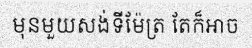
មុនមួយសង់ទីម៉ែត្រ តែក៏អាច